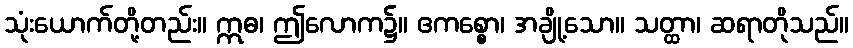
သုံးယောက်တို့တည်း။ ဣဓ၊ ဤလောက၌။ ဧကစ္စော၊ အချို့သော။ သတ္ထာ၊ ဆရာတိုသည်။